Lunatic asylums Bombay report 1878-1890 - 1878-1890
Year: 1878
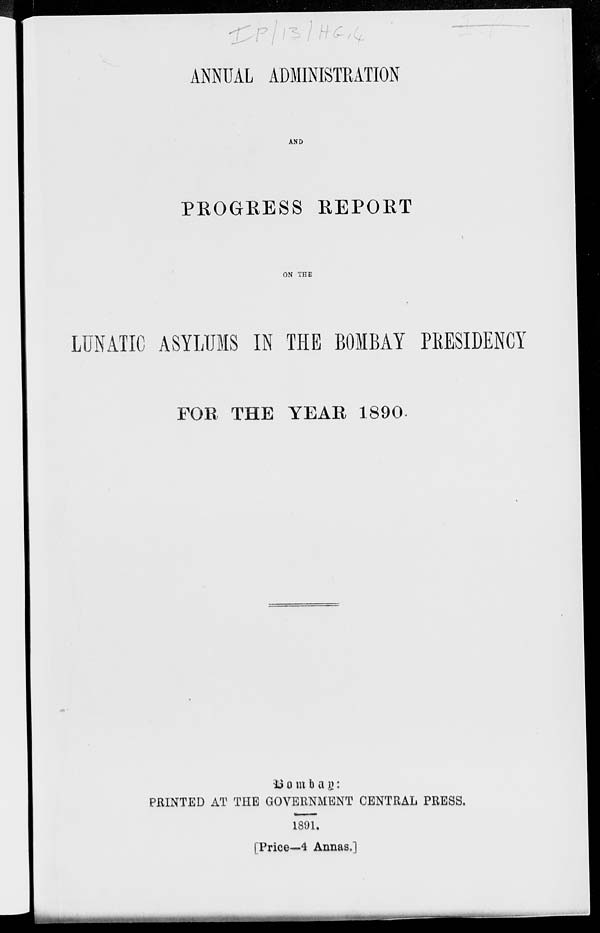
ANNUAL ADMINISTRATION
AND
PROGRESS REPORT
ON THE
LUNATIC ASYLUMS IN THE BOMBAY PRESIDENCY
FOR THE YEAR 1890.
Bombay:
PRINTED AT THE GOVERNMENT CENTRAL PRESS.
1891.
[Price—4 Annas.]